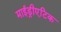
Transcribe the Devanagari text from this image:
माईड्रीएटिक